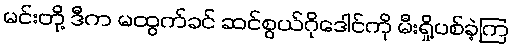
မင်းတို့ ဒီက မထွက်ခင် ဆင်စွယ်ဂိုဒေါင်ကို မီးရှို့ပစ်ခဲ့ကြ